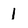
Character: 1